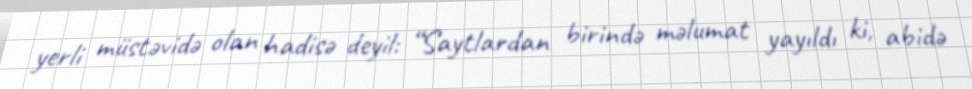
yerli müstəvidə olan hadisə deyil: “Saytlardan birində məlumat yayıldı ki, abidə